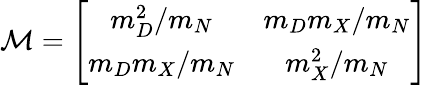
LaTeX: {\cal M}=\left[\begin{array}{cc}{{m_{D}^{2}/m_{N}}}&{{m_{D}m_{X}/m_{N}}}\\ {{m_{D}m_{X}/m_{N}}}&{{m_{X}^{2}/m_{N}}}\end{array}\right]